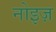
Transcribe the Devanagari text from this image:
नोइज़